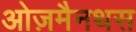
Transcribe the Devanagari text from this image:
ओज़मैनथस